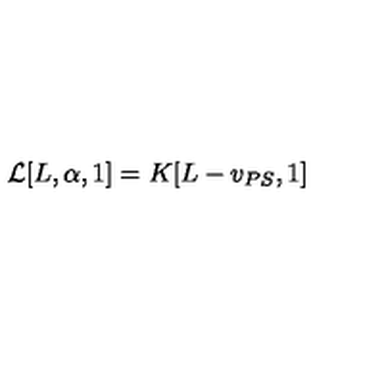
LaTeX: { \cal L } [ L , \alpha , 1 ] = K [ L - v _ { P S } , 1 ]